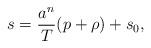
LaTeX: \begin{align*}s={a^n\over T}(p+\rho)+s_0,\end{align*}